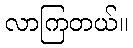
လာကြတယ်။